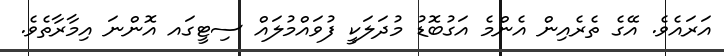
އަރައެވެ. އޭގެ ތެރެއިން އެންމެ އަގުބޮޑު މުދަލަކީ ފުވައްމުލައް ސިޓީގައ އޮންނަ އިމާރާތެވެ.